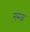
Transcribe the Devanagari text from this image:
मस्‍क